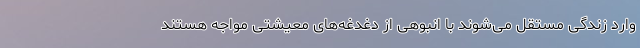
وارد زندگی مستقل می‌شوند با انبوهی از دغدغه‌های معیشتی مواجه هستند